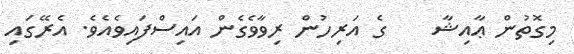
މިގޮތުން ޢާއިޝާ    ގެ އަރިހުން ރިވާވެގެން އައިސްފައިވެއެވެ. އެރޭގައި